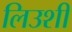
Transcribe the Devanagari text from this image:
लिउशी